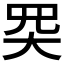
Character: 𡗽